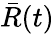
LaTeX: \bar{R}(t)